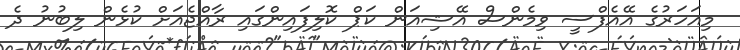
މިއަހަރުގެ އޭއެފްސީ ވިމެންސް އޭޝިއަން ކަޕް ކޮލިފައިންގައި ރާއްޖެއަށް ކުޅެން ލިބުނު ދެ